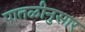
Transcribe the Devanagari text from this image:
पातळीनुसार